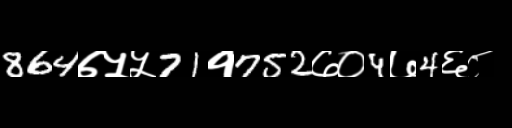
Text: 864७५५71१752७०4७4६८